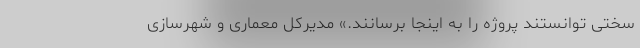
سختی توانستند پروژه را به اینجا برسانند.» مدیرکل معماری و شهرسازی